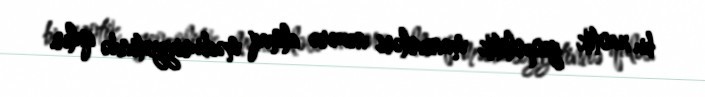
bu xaotik geopolitik manevrləri nəzərə almaq məcburiyyətində qalır.